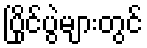
ပြိုင်ပွဲများတွင်